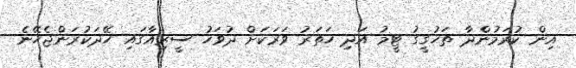
އިން ކުރަމުންދާ ތަހުގީގު ޓީމު އަދި ހަތަރު ވަރަކަށް ދުވަހު ސީރިއާގައި ހޭދަކުރަންޖެހޭނެ